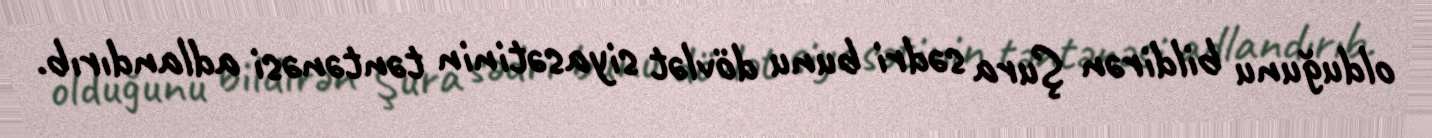
olduğunu bildirən Şura sədri bunu dövlət siyasətinin təntənəsi adlandırıb.